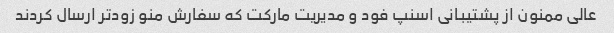
عالی ممنون از پشتیبانی اسنپ فود و مدیریت مارکت که سفارش منو زودتر ارسال کردند